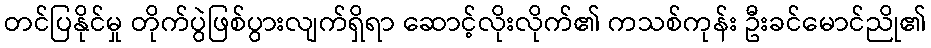
တင်ပြနိုင်မှု တိုက်ပွဲဖြစ်ပွားလျက်ရှိရာ ဆောင့်လိုးလိုက်၏ ကသစ်ကုန်း ဦးခင်မောင်ညို၏